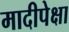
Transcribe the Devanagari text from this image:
मादीपेक्षा